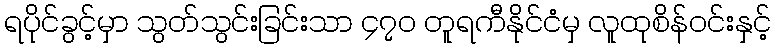
ရပိုင်ခွင့်မှာ သွတ်သွင်းခြင်းသာ ၄၇၀ တူရကီနိုင်ငံမှ လူထုစိန်ဝင်းနှင့်